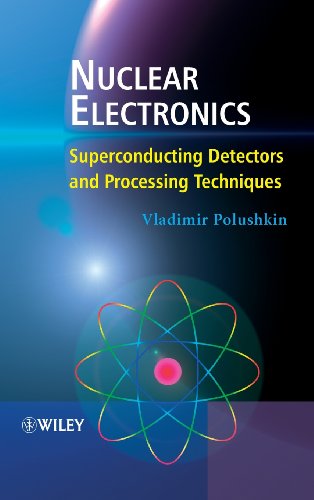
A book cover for Nuclear Electronics: Superconducting Detectors and Processing Techniques; Vladimir Polushkin; Science & Math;